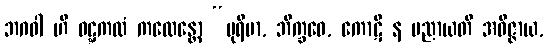
ဘဂဝါ ဟိ ဝဋ္ဋကထံ ကထေန္တော “ပုရိမာ, ဘိက္ခဝေ, ကောဋိ န ပညာယတိ အဝိဇ္ဇာယ,